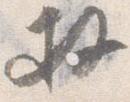
拝